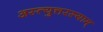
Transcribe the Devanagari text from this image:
अस्त्युत्तरस्याम्